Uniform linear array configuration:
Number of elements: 4
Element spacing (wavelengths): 0.25
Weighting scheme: hamming
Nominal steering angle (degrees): -60
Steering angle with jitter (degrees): -58.182
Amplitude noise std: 0.05
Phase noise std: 0.05

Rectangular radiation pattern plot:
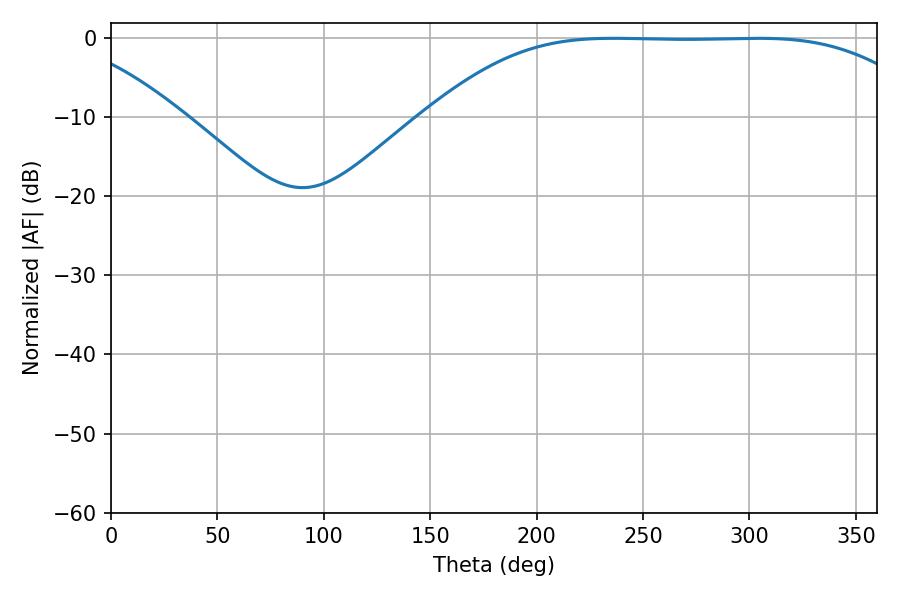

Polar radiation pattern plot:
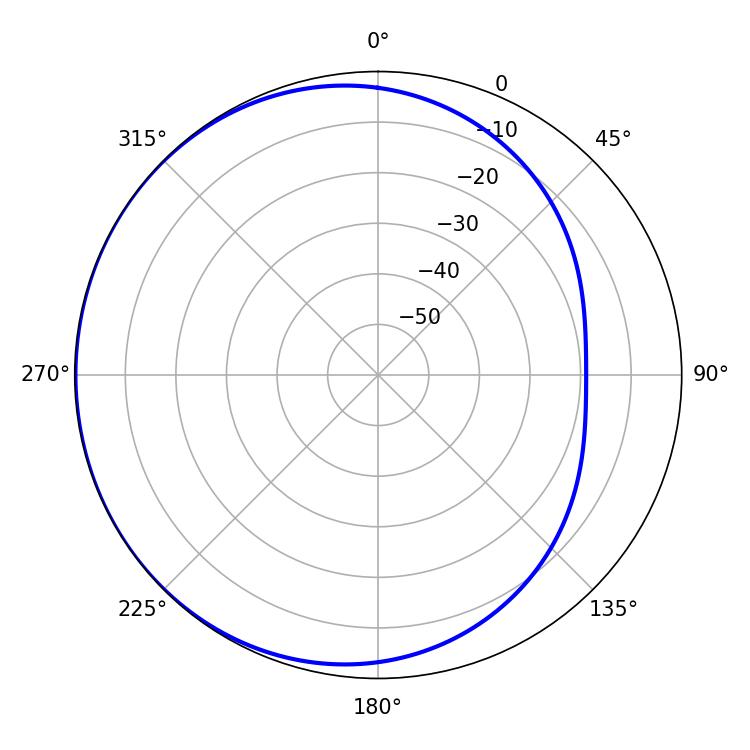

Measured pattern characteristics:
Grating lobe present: FALSE
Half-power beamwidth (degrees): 176.4
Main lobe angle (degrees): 236.16